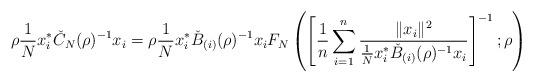
LaTeX: \begin{align*}\rho \frac1Nx_i^* \check{C}_N(\rho)^{-1}x_i &=\rho\frac1Nx_i^* \check{B}_{(i)}(\rho)^{-1}x_iF_N\left(\left[\frac1{n}\sum_{i=1}^n \frac{\Vert x_i\Vert^2}{\frac1Nx_i^*\check{B}_{(i)}(\rho)^{-1}x_i} \right]^{-1};\rho\right)\end{align*}